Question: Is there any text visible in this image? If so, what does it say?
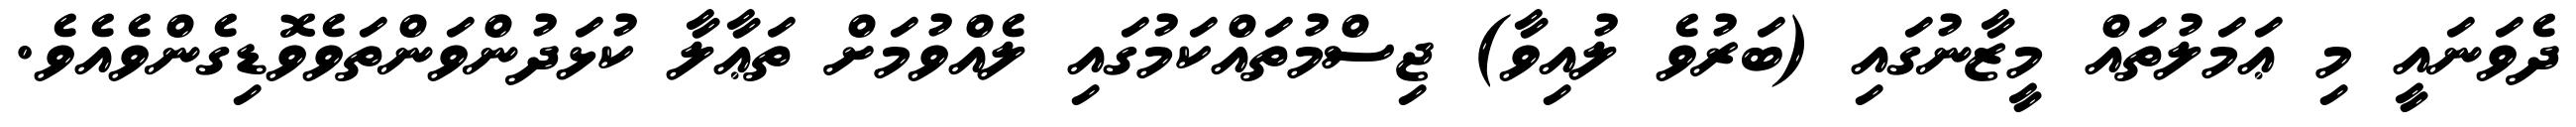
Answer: ދެވަނައީ މި ޢަމަލުތައް މީޒާނުގައި (ބަރުވެ ލުއިވާ) ޖިސްމުތައްކަމުގައި ލެއްވުމަށް ތަޢާލާ ކުޅަދުންވަންތަވެވޮޑިގެންވެއެވެ.